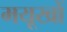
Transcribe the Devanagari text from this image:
मयूखों